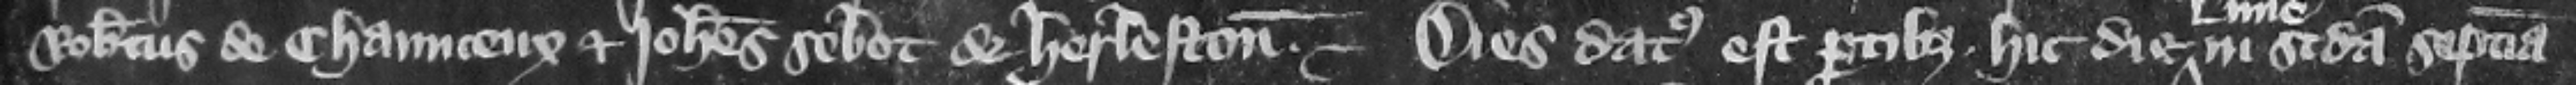
Robertus de Chaunceux et Iohannes Sebot de Herleston. Dies datus est partibus hic die Lune in secunda septimana